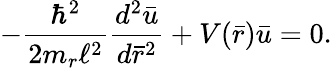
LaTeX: -\frac{\hbar^{2}}{2m_{r}\ell^{2}}\frac{d^{2}\bar{u}}{d\bar{r}^{2}}+V(\bar{r})\bar{u}=0.